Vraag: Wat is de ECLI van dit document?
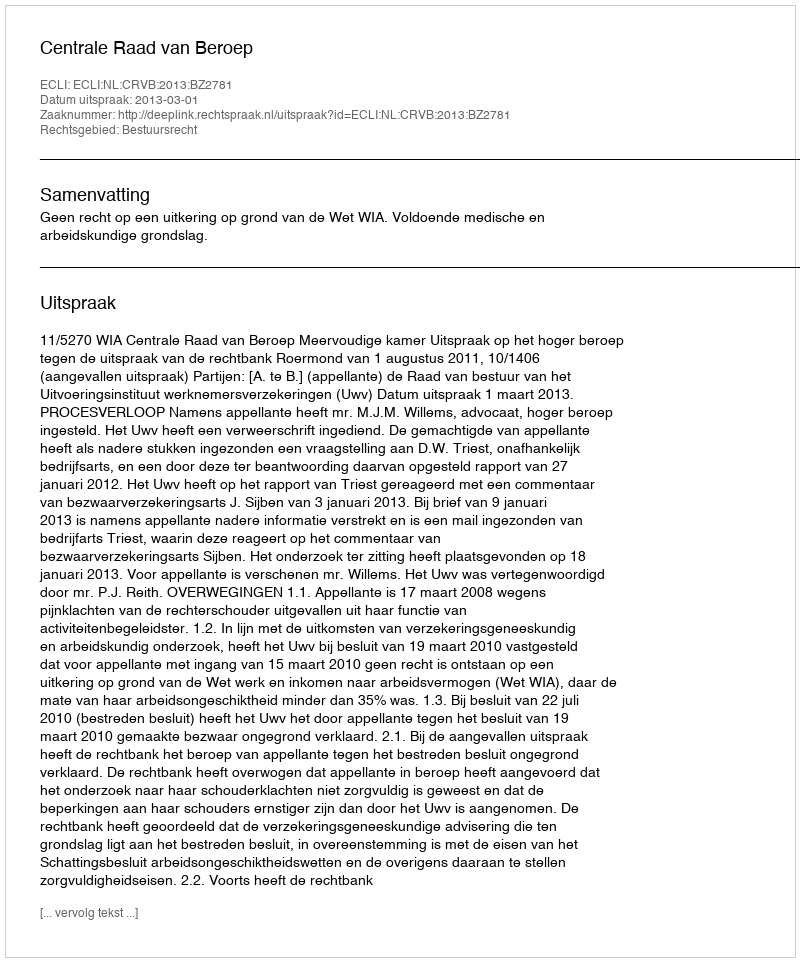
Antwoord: ECLI:NL:CRVB:2013:BZ2781